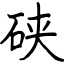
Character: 硖